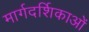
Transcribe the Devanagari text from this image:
मार्गदर्शिकाओं